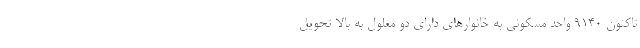
تاکنون ۹۱۴۰ واحد مسکونی به خانوارهای دارای دو معلول به بالا تحویل